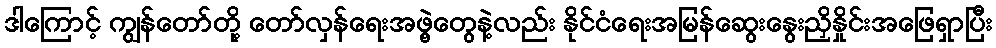
ဒါကြောင့် ကျွန်တော်တို့ တော်လှန်ရေးအဖွဲ့တွေနဲ့လည်း နိုင်ငံရေးအမြန်ဆွေးနွေးညှိနှိုင်းအဖြေရှာပြီး